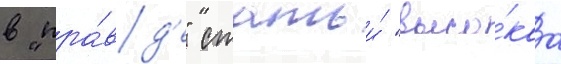
в "пра́вд'е" статьи́ "высо́каа